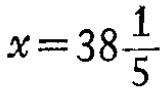
$x = 38\frac{1}{5}$